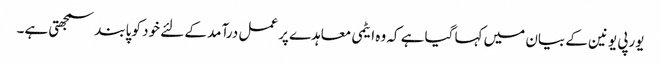
یورپی یونین کے بیان میں کہا گیا ہے کہ وہ ایٹمی معاہدے پر عمل درآمد کے لئے خود کو پابند سمجھتی ہے۔